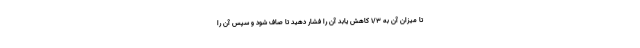
تا میزان آن به 1/3 کاهش یابد آن را فشار دهید تا صاف شود و سپس آن را